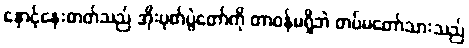
နှောင့်နှေးတတ်သည် အိုးပုတ်ပွဲတော်ကို တာဝန်မရှိဘဲ တပ်မတော်သားသည်